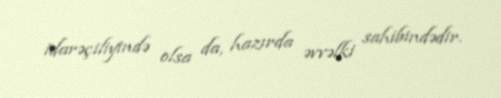
idarəçiliyində olsa da, hazırda əvvəlki sahibindədir.